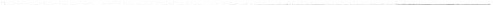
___